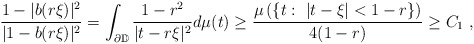
\begin{align*} \frac{1-|b(r\xi)|^2}{|1-b(r\xi)|^2}=\int_{\partial \mathbb{D}} \frac{1-r^2}{|t-r\xi|^2}d\mu(t)\geq \frac{\mu\left(\{ t:\ |t-\xi|<1-r\}\right)}{4(1-r)}\geq C_1\ ,\end{align*}